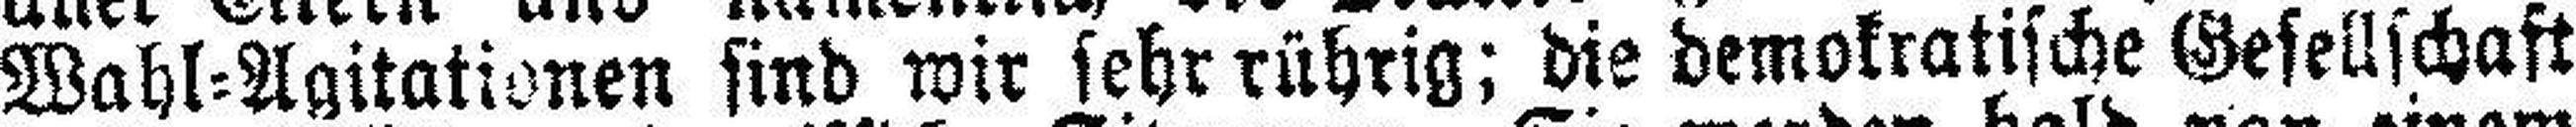
Wahl=Agitationen sind wir sehr rührig; die demokratische Gesellschaft